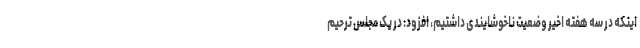
اینکه در سه هفته اخیر وضعیت ناخوشایندی داشتیم، افزود: در یک مجلس ترحیم